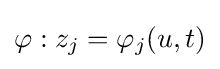
\varphi :z_{j}=\varphi _{j}(u,t)